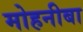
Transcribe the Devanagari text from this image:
मोहनीबा